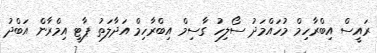
ރައީސް އިބްރާހިމް މުހައްމަދު ސޯލިހު ގާސިމް އިބްރާހިމް އަދާލަތު ޕާޓީ އިމްރާން އަބްދު